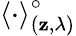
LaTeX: \left<\cdot\right>_{\left(\mathbf{z},\lambda\right)}^{\circ}